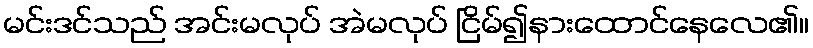
မင်းဒင်သည် အင်းမလုပ် အဲမလုပ် ငြိမ်၍နားထောင်နေလေ၏။